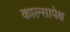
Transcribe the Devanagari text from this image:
काल्सापेक्ष